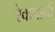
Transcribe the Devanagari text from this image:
रेवाचीनी